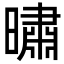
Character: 㬘